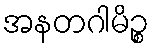
အနတဂါမိဉ္စ